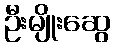
ဦးမျိုးဆွေ